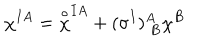
\chi ^ { I A } = { \frac { \buildrel \circ } { \chi } } ^ { I A } + ( \sigma ^ { I } ) _ { \ B } ^ { A } \chi ^ { B }